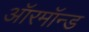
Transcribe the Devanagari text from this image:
ऑरमॉन्ड